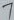
Text: 7